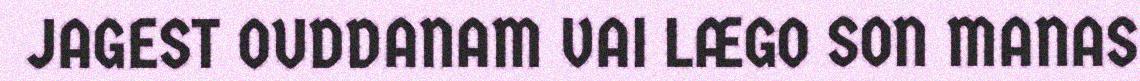
JAGEST OUDDANAM VAI LÆGO SON MANAS